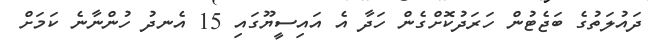
ދައުލަތުގެ ބަޖެޓުން ހަރަދުކޮށްގެން ހަދާ އެ އައިސީޔޫގައި 15 އެނދު ހުންނާނެ ކަމަށް